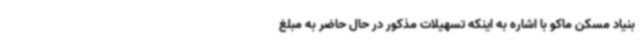
بنیاد مسکن ماکو با اشاره به اینکه تسهیلات مذکور در حال حاضر به مبلغ